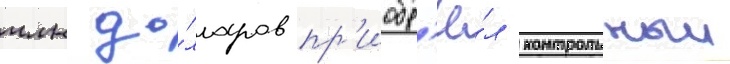
млн до́лларов пр'иобр'ё́л контрольныи